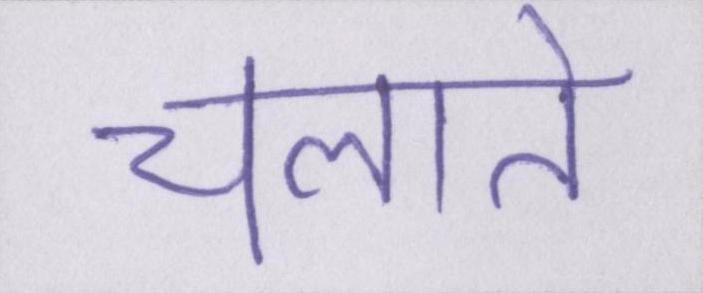
चलाते